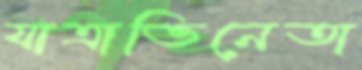
যাত্রাভিনেতা